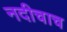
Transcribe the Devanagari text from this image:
नदीचाच